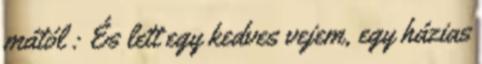
mától : És lett egy kedves vejem, egy házias